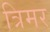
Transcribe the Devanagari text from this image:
त्रिमर